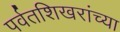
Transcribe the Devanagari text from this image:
पर्वतशिखरांच्या